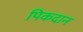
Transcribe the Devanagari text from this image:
पिकदान